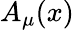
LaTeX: A_{\mu}(x)